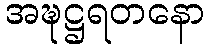
အဍ္ဎဋ္ဌရတနော